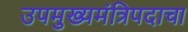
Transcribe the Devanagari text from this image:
उपमुख्यमंत्रिपदाचा